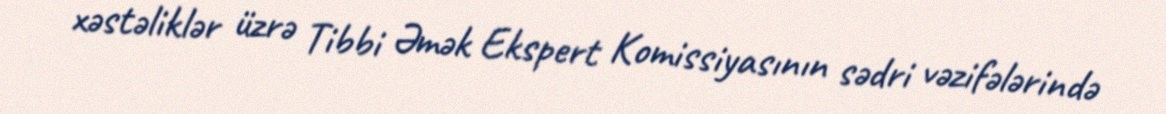
xəstəliklər üzrə Tibbi Əmək Ekspert Komissiyasının sədri vəzifələrində